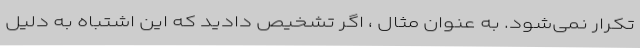
تکرار نمی‌شود. به عنوان مثال ، اگر تشخیص دادید که این اشتباه به دلیل